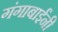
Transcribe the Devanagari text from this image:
गंगाबाईंनी